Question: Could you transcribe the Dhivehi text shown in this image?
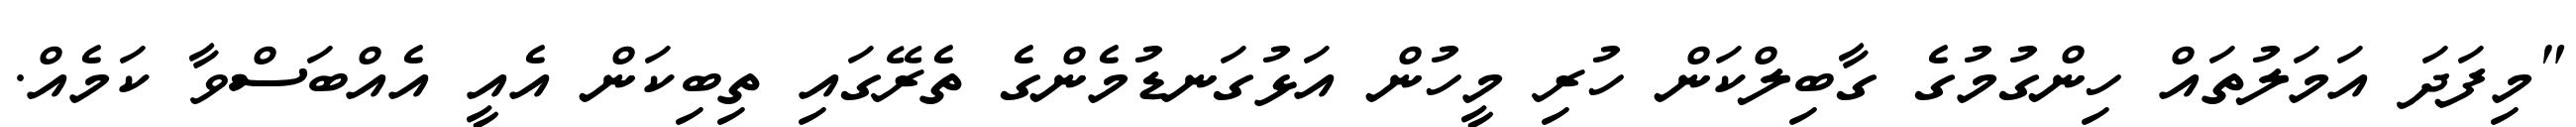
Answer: "މިފަދަ އަމަލުތައް ހިންގުމުގެ ގާބިލްކަން ހުރި މީހުން އަޅުގަނޑުމެންގެ ތެރޭގައި ތިބިކަން އެއީ އެއްބަސްވާ ކަމެއް.